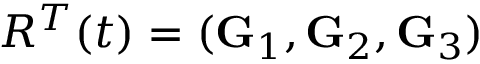
R ^ { T } ( t ) = ( { \bf G } _ { 1 } , { \bf G } _ { 2 } , { \bf G } _ { 3 } )